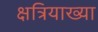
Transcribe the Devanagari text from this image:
क्षत्रियाख्या